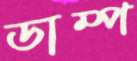
ডাম্প